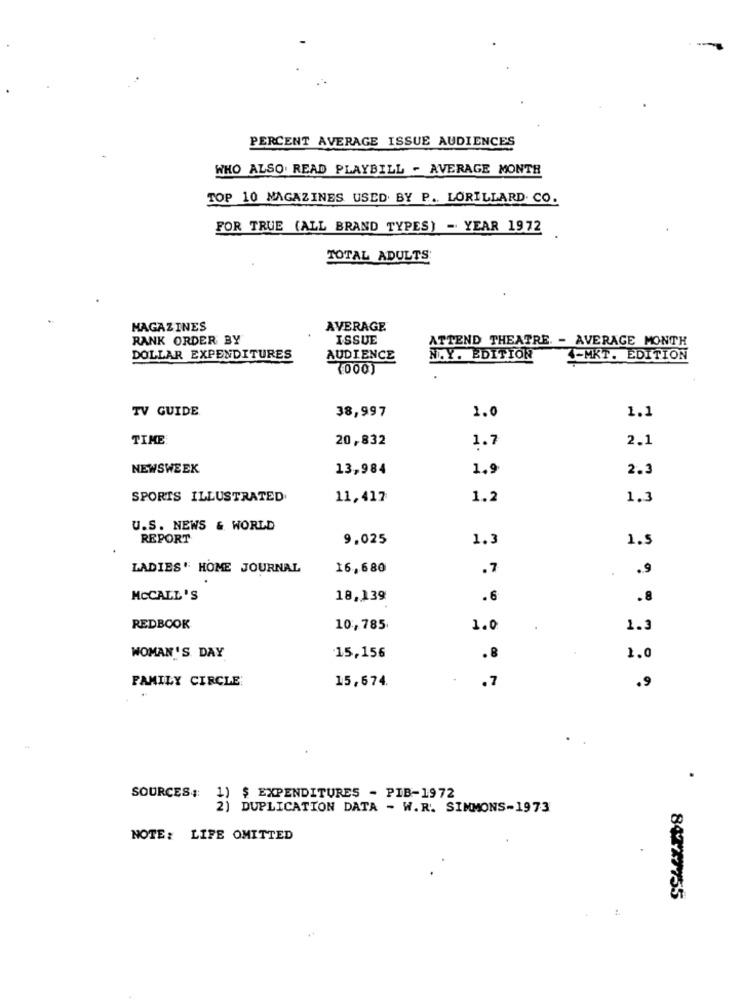
PERCENT AVERAGE ISSUE AUDIENCES
WHO ALSO. READ PLAYBILL - AVERAGE MONTH
TOP 10 MAGAZINES USED BY P. LORILLARD. CO.
FOR TRUE (ALL BRAND TYPES) - YEAR 1972
TOTAL ADULTS
MAGAZINES
AVERAGE
RANK ORDER BY
ISSUE
ATTEND THEATRE. - AVERAGE MONTH
DOLLAR EXPENDITURES
AUDIENCE
N.Y. EDITION
4-MKT. EDITION
(000)
TV GUIDE
38,997
1.0
1.1
TIME
20,832
1.7
2.1
NEWSWEEK
13,984
1.9
2.3
SPORTS ILLUSTRATED
11,417
1.2
1.3
U.S. NEWS & WORLD
REPORT
9,025
1.3
1.5
LADIES' HOME JOURNAL
16,680
.7
.
.9
MCCALL'S
18,139
.6
.8
REDBOOK
10,785
1.0
1.3
WOMAN 'S DAY
15,156
.8
1.0
FAMILY CIRCLE:
15,674.
.7
.9
SOURCES ::
1) $ EXPENDITURES - PIB-1972
2) DUPLICATION DATA - W.R. SIMMONS-1973
NOTE: LIFE OMITTED
84747755